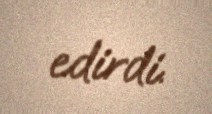
edirdi.